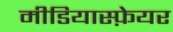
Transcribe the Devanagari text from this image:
मीडियास्फ़ेयर